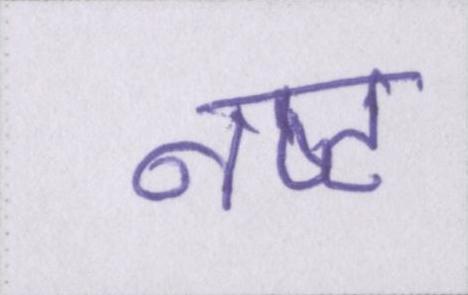
नष्ट